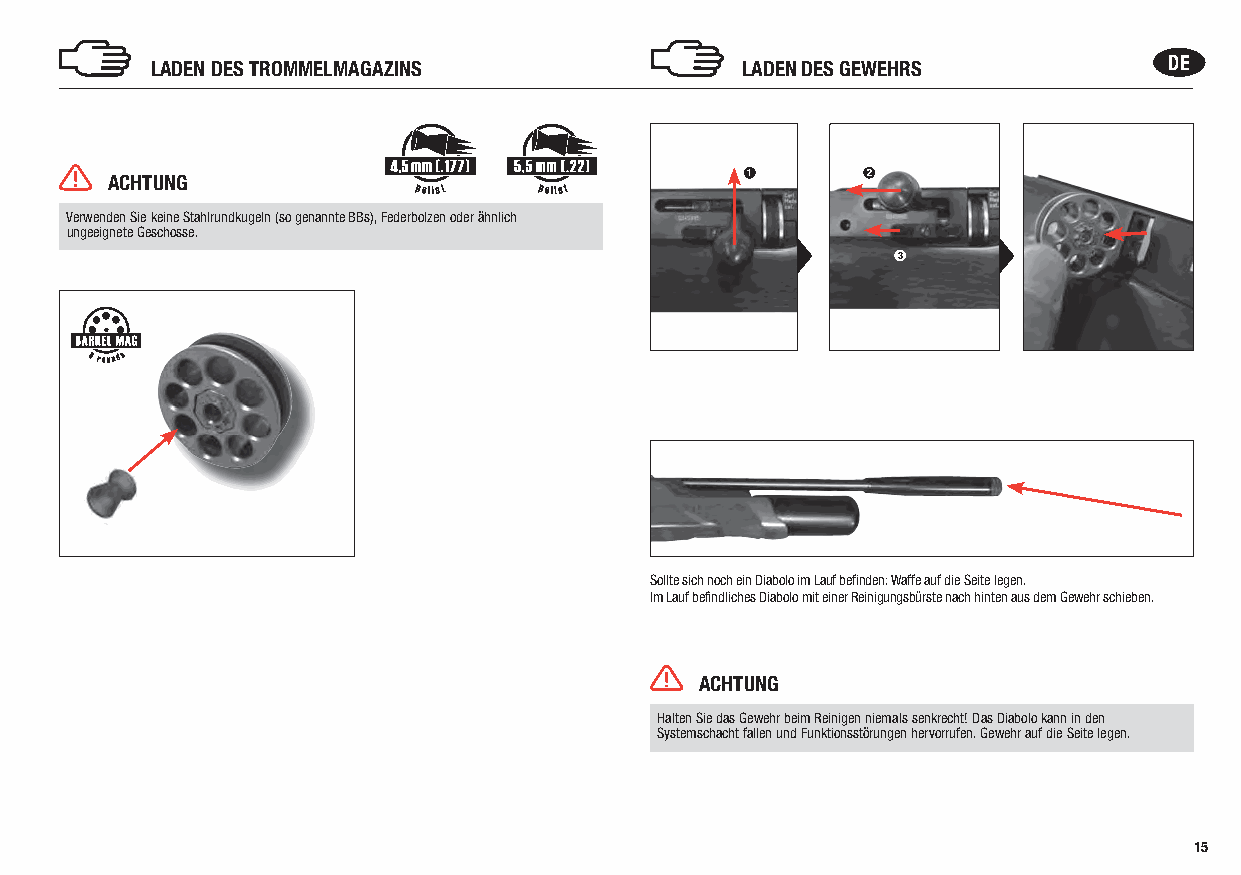
LADEN DES TROMMELMAGAZINS              LADEN DES GEWEHRS           DE
 ACHTUNG                                   1       2
 p        p
 Verwenden Sie keine Stahlrundkugeln (so genannte BBs), Federbolzen oder ähnlich
 ungeeignete Geschosse.
 3
 Sollte sich noch ein Diabolo im Lauf befinden: Waffe auf die Seite legen.
 Im Lauf befindliches Diabolo mit einer Reinigungsbürste nach hinten aus dem Gewehr schieben.
 ACHTUNG
 Halten Sie das Gewehr beim Reinigen niemals senkrecht! Das Diabolo kann in den
 Systemschacht fallen und Funktionsstörungen hervorrufen. Gewehr auf die Seite legen.
 15